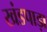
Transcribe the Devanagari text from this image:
खंडपाड़ा